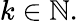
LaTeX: k\in\mathbb{N}.